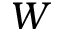
W